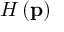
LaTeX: H \left( \mathbf { p } \right)